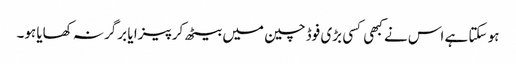
ہو سکتا ہے اس نے کبھی کسی بڑی فوڈ چین میں بیٹھ کر پیزا یا برگر نہ کھایا ہو۔